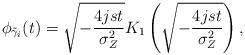
LaTeX: \begin{align*}\phi_{\tilde{\gamma}_i}(t) &= \sqrt{-\frac{4jst}{\sigma_{Z}^2}} K_{1}\left( \sqrt{-\frac{4jst}{\sigma_{Z}^2}} \right),\end{align*}